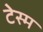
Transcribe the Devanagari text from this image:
टेस्म